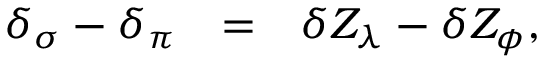
\begin{array} { r c l } { { \delta _ { \sigma } - \delta _ { \pi } } } & { { = } } & { { \delta Z _ { \lambda } - \delta Z _ { \phi } , } } \end{array}